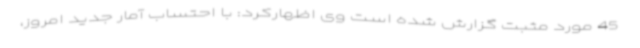
45 مورد مثبت گزارش شده است وی اظهارکرد: با احتساب آمار جدید امروز،